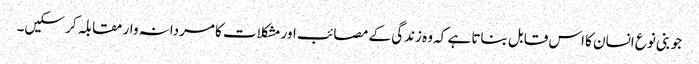
جو بنی نوع انسان کا اس قابل بناتا ہے کہ وہ زندگی کے مصائب اور مشکلات کا مردانہ وار مقابلہ کر سکیں۔